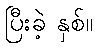
ပြီးခဲ့ နှစ်။